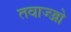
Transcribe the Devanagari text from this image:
तवाज्ज्जो